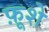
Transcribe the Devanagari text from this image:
फ़ूशे